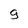
Character: 9